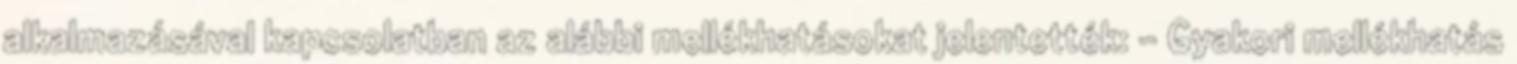
alkalmazásával kapcsolatban az alábbi mellékhatásokat jelentették: - Gyakori mellékhatás